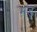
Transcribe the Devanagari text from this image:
मड़